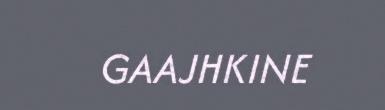
GAAJHKINE